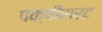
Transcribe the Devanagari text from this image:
पक्षीसरट